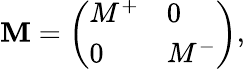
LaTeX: \mathbf{M}=\left(\begin{array}{ll}{{M^{+}}}&{{0}}\\ {{0}}&{{M^{-}}}\end{array}\right),